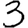
Digit: 3